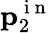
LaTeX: \textbf{p}_{2}^{\mathrm{~i~n~}}